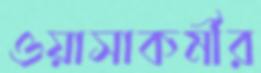
ওয়াসাকর্মীর